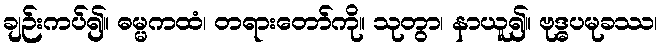
ချဉ်းကပ်၍။ ဓမ္မကထံ၊ တရားတော်ကို။ သုတွာ၊ နာယူ၍။ ဗုဒ္ဓပမုခဿ၊